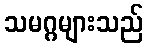
သမဂ္ဂများသည်